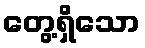
တွေ့ရှိသော